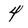
Character: 4